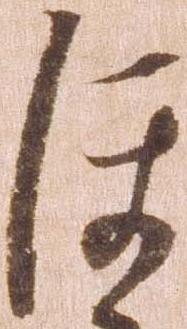
ほ